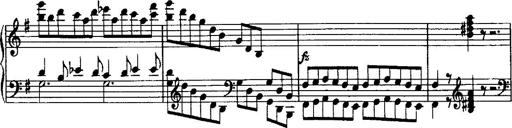
Title: Rondo di bravura
Composer: Franz Liszt